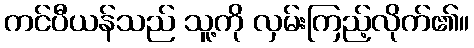
ကင်ပီယန်သည် သူ့ကို လှမ်းကြည့်လိုက်၏။